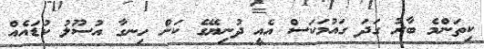
ކިތަންމެ ބާރު ގަދަ ގައުމަކަސް އެއީ ދުނިޔޭގެ ކަން ހިނގާ އުސޫލު ކުޑައެއް